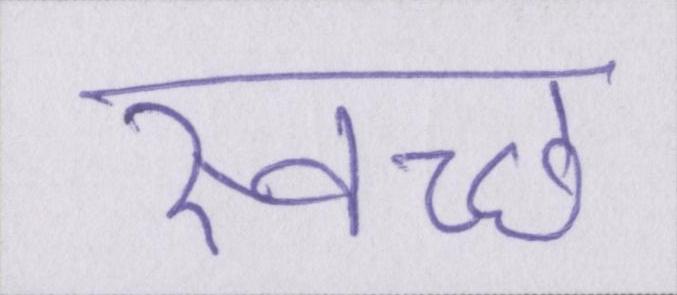
स्वच्छ